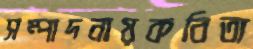
সম্পাদনায়কবিতা